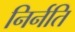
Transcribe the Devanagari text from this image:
निर्नति